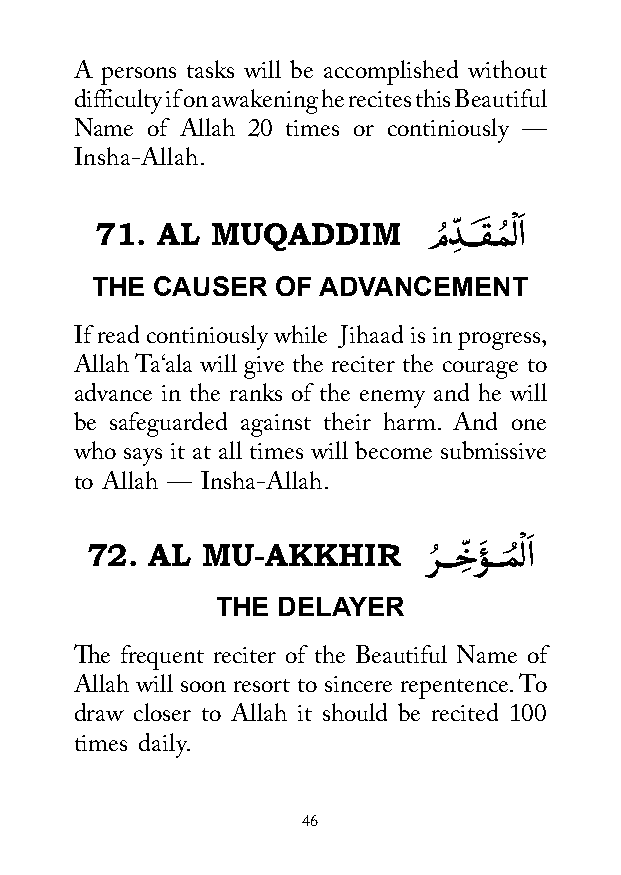
A persons tasks will be accomplished without
 difficulty if on awakening he recites this Beautiful
 Name of Allah 20 times or continiously —
 Insha-Allah.
 71. AL  MUQADDIM      مُ دِّ ـــقَ ــمُ ْ لاَ
 THE CAUSER  OF ADVANCEMENT
 If read continiously while Jihaad is in progress,
 Allah Ta‘ala will give the reciter the courage to
 advance in the ranks of the enemy and he will
 be safeguarded against their harm. And one
 who says it at all times will become submissive
 to Allah — Insha-Allah.
 72. AL MU-AKKHIR      رُ ـــخِّ ؤَ ـــمُ ْ لاَ
 THE DELAYER
 The frequent reciter of the Beautiful Name of
 Allah will soon resort to sincere repentence. To
 draw closer to Allah it should be recited 100
 times daily.
 46